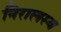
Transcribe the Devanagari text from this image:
निरालस्य